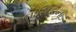
નાશિકના